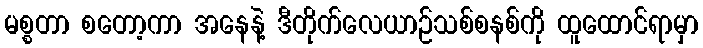
မစ္စတာ စတော့ကာ အနေနဲ့ ဒီတိုက်လေယာဉ်သစ်စနစ်ကို ထူထောင်ရာမှာ